Source: Handwritten
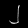
Digit: ၂ (2)